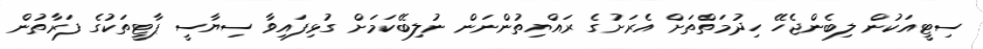
ސިޓީއަކުން ލިބެންޖެހޭ ހިދުމަތްތަށް އެރަށުގެ ރައްޔިތުންނަން ނުލިބޭކަމަށް ގުޅިފައިވާ ސިޔާސީ ޕާޓީތަކުގެ ފަރާތުން